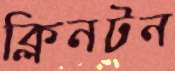
ক্লিনটন